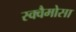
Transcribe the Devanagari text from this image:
स्क्वैमोसा